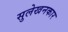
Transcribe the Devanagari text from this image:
सुलेखनकार